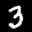
Label: 3